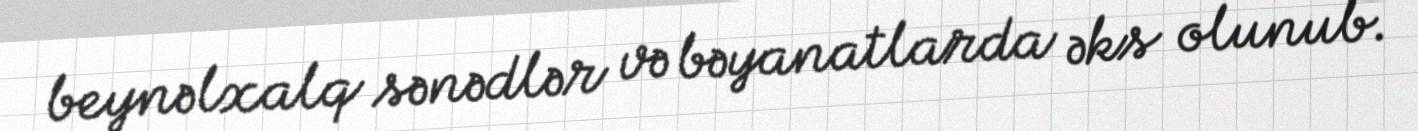
beynəlxalq sənədlər və bəyanatlarda əks olunub.